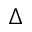
\Delta